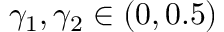
\gamma _ { 1 } , \gamma _ { 2 } \in ( 0 , 0 . 5 )